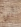
لن